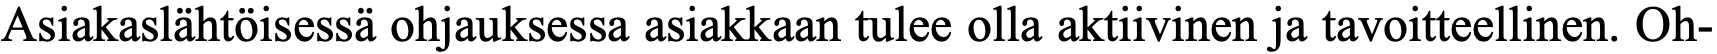
Asiakaslähtöisessä ohjauksessa asiakkaan tulee olla aktiivinen ja tavoitteellinen. Oh-